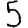
Digit: 5